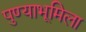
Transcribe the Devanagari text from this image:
पुण्याभूमिला